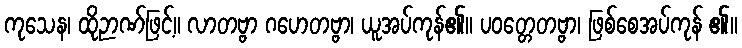
ကုသေန၊ ထိုဉာဏ်ဖြင့်။ လာတဗ္ဗာ ဂဟေတဗ္ဗာ၊ ယူအပ်ကုန်၏။ ပဝတ္တေတဗ္ဗာ၊ ဖြစ်စေအပ်ကုန် ၏။